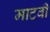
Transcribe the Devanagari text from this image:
माटवी